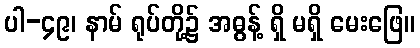
ပါ-၄၉၊ နာမ် ရုပ်တို့၌ အဓွန့် ရှိ မရှိ မေးဖြေ။